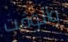
والوقت